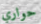
حواري